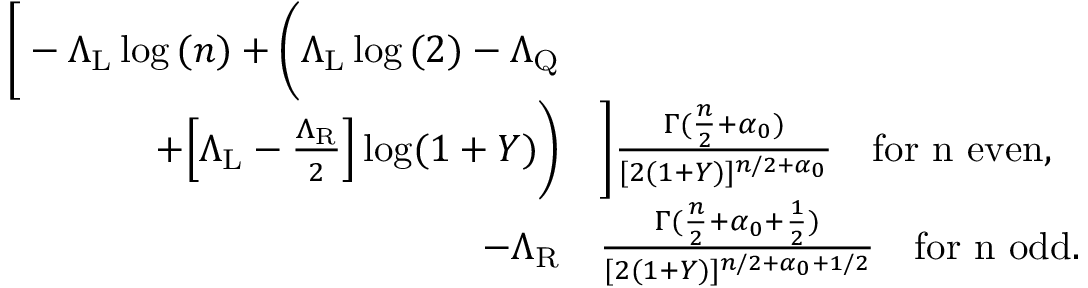
\begin{array} { r l } { \bigg [ - \Lambda _ { \mathrm { L } } \log { ( n ) } + \bigg ( \Lambda _ { \mathrm { L } } \log { ( 2 ) } - \Lambda _ { \mathrm { Q } } } & { } \\ { + \Big [ \Lambda _ { \mathrm { L } } - \frac { \Lambda _ { \mathrm { R } } } { 2 } \Big ] \log ( 1 + Y ) \bigg ) } & { \bigg ] \frac { \Gamma ( \frac { n } { 2 } + \alpha _ { 0 } ) } { [ 2 ( 1 + Y ) ] ^ { n / 2 + \alpha _ { 0 } } } \quad \mathrm { f o r ~ n ~ e v e n } , } \\ { - \Lambda _ { \mathrm { R } } } & { \frac { \Gamma ( \frac { n } { 2 } + { \alpha _ { 0 } + \frac { 1 } { 2 } } ) } { [ 2 ( 1 + Y ) ] ^ { n / 2 + { \alpha _ { 0 } + 1 / 2 } } } \quad \mathrm { f o r ~ n ~ o d d } . } \end{array}